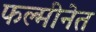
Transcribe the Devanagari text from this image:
फल्मीनेत